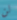
لن